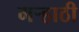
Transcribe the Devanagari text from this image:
मर्‍हाठी